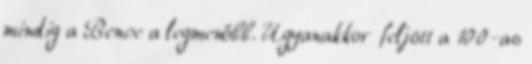
mindig a Bence a legmenőbb. Ugyanakkor feljött a 100-as